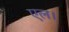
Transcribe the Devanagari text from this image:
एल।